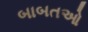
બાબતઓ